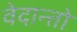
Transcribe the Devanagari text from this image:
वेदान्तो